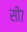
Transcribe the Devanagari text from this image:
सी७